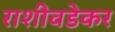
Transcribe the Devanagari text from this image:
राशीवडेकर